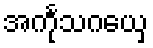
အင်္ကုသဂယှေ